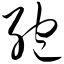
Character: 孢